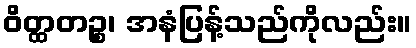
ဝိတ္ထတဉ္စ၊ အနံပြန့်သည်ကိုလည်း။